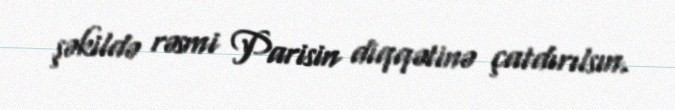
şəkildə rəsmi Parisin diqqətinə çatdırılsın.